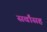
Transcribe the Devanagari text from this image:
सर्वांसह